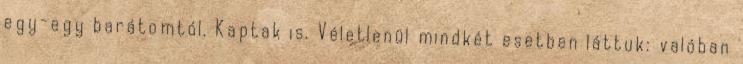
egy-egy barátomtól. Kaptak is. Véletlenül mindkét esetben láttuk: valóban